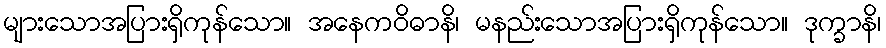
များသောအပြားရှိကုန်သော။ အနေကဝိဓာနိ၊ မနည်းသောအပြားရှိကုန်သော။ ဒုက္ခာနိ၊